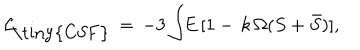
{ \cal { L } } _ { \! \mathrm { \tiny { C S F } } } \, = \, - 3 \int \! \! E \, [ 1 - \, k \, \Omega ( S + \bar { S } ) ] ,